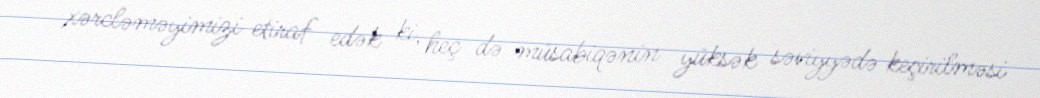
xərcləməyimizi etiraf edək ki, heç də müsabiqənin yüksək səviyyədə keçirilməsi